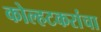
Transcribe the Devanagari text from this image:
कोल्हटकरांचा